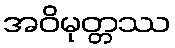
အဝိမုတ္တဿ